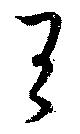
王